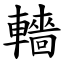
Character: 轖